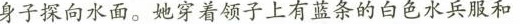
身子探向水面。她穿着领子上有蓝条的白色水兵服和